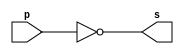
// ---------------------
// Guia02_06 - extra01
// Nome: Bruno Cezar Andrade Viallet
// ---------------------

// ---------------------
// -- complemento de 1
// ---------------------
module comp1 (s, p);
 output [0:7] s;
 input [0:7] p;

 assign s = ~p;
 
endmodule // comp1


// ---------------------
// -- test module
// ---------------------

module testmodule;
 reg   [0:7] a;
 wire  [0:7] s;
          // instancia
 comp1 COMP1 (s, a);
          // parte principal
 initial begin
      a=8'b00000001; // byte 
      $display("Guia02_06 - Bruno Cezar Andrade Viallet - 396679");
      $display("Test Module");
      $display("\nbyte     complemento de 1\n");
		$monitor("%b        %b", a, s);
 #1   a=8'b00000010; // byte
 #1   a=8'b00000100; // byte   
 #1   a=8'b00001000; // byte 
 #1   a=8'b00010000; // byte  
 #1   a=8'b00100000; // byte 
 #1   a=8'b01000000; // byte 
 #1   a=8'b10000000; // byte 
 #1   a=8'b11111111; // byte 
 #1   a=8'b00000000; // byte 
 end

endmodule // testmodule